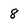
Character: 8